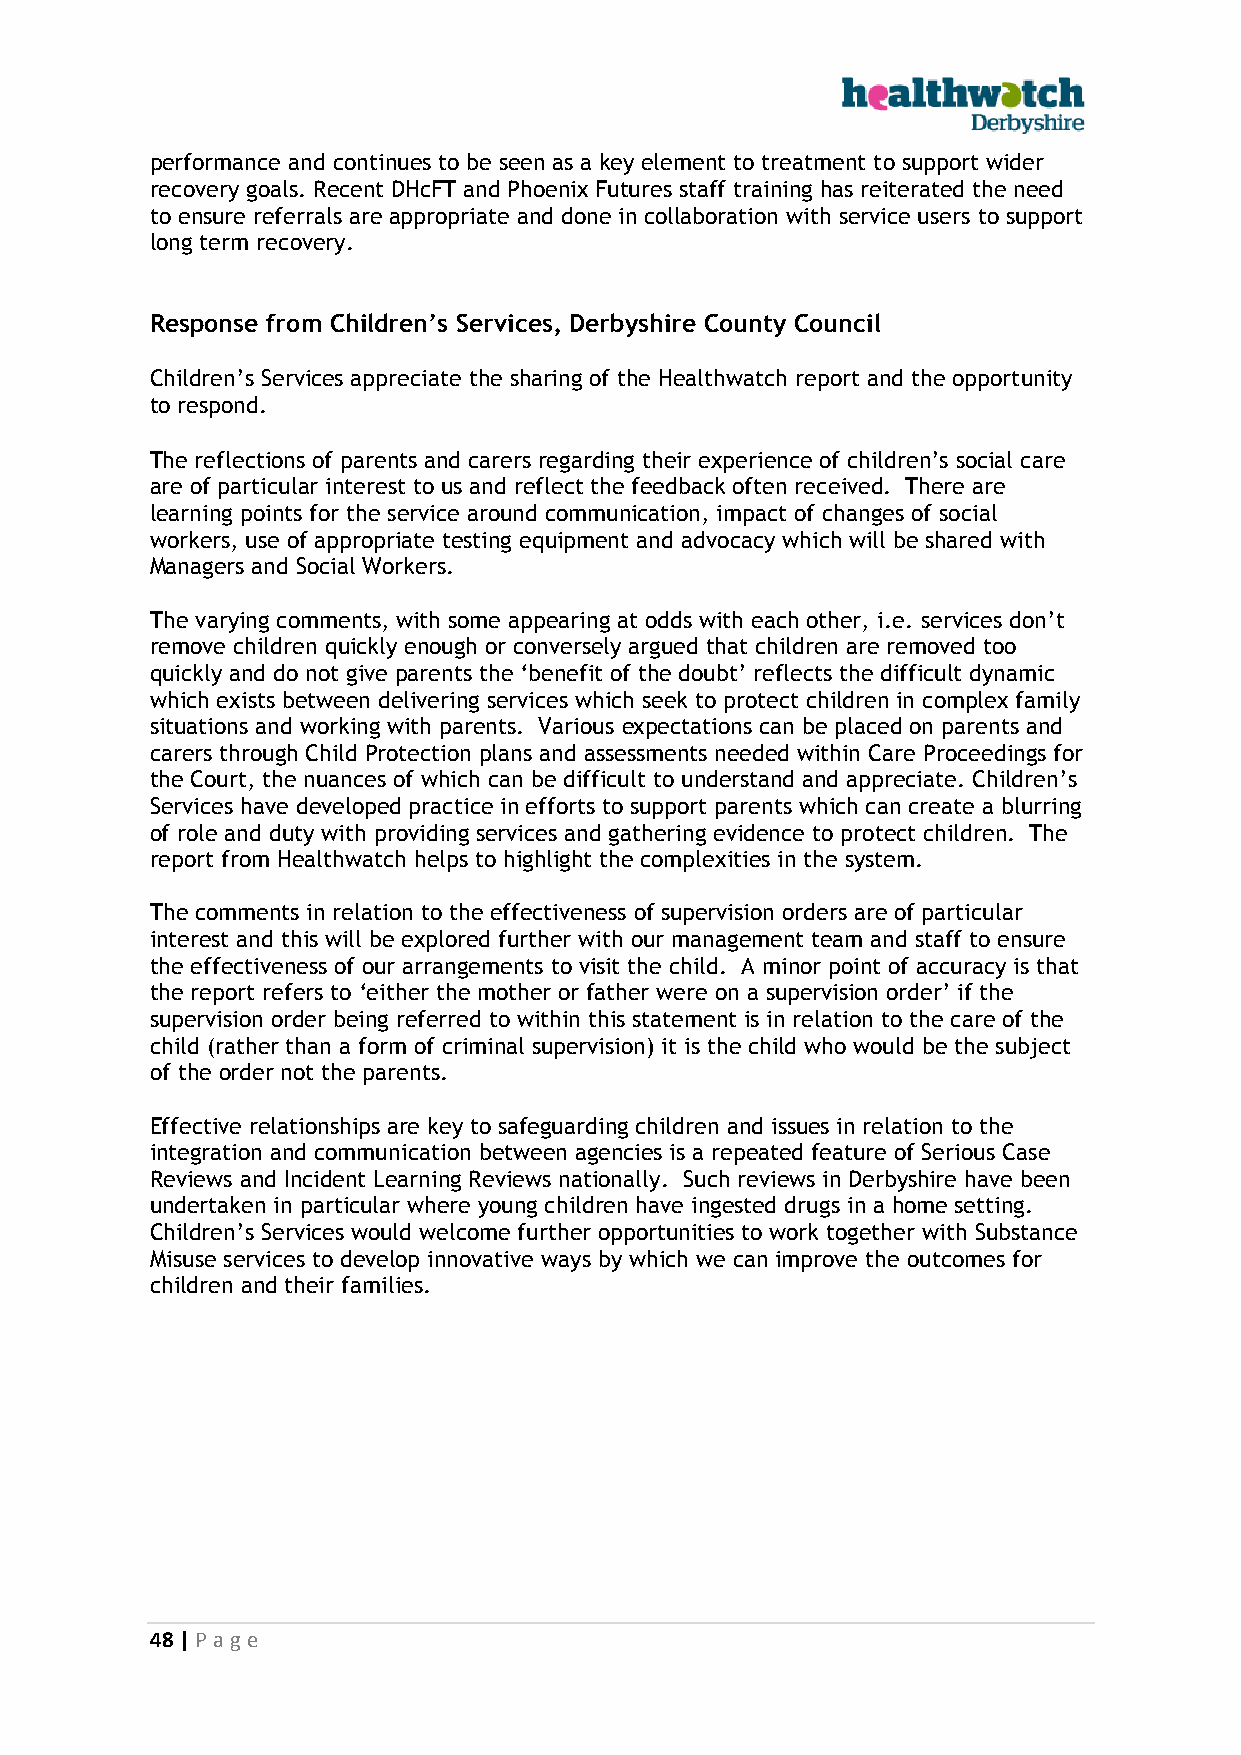
performance and continues to be seen as a key element to treatment to support wider
 recovery goals. Recent DHcFT and Phoenix Futures staff training has reiterated the need
 to ensure referrals are appropriate and done in collaboration with service users to support
 long term recovery.
 Response from Children’s Services, Derbyshire County Council
 Children’s Services appreciate the sharing of the Healthwatch report and the opportunity
 to respond.
 The reflections of parents and carers regarding their experience of children’s social care
 are of particular interest to us and reflect the feedback often received. There are
 learning points for the service around communication, impact of changes of social
 workers, use of appropriate testing equipment and advocacy which will be shared with
 Managers and Social Workers.
 The varying comments, with some appearing at odds with each other, i.e. services don’t
 remove children quickly enough or conversely argued that children are removed too
 quickly and do not give parents the ‘benefit of the doubt’ reflects the difficult dynamic
 which exists between delivering services which seek to protect children in complex family
 situations and working with parents. Various expectations can be placed on parents and
 carers through Child Protection plans and assessments needed within Care Proceedings for
 the Court, the nuances of which can be difficult to understand and appreciate. Children’s
 Services have developed practice in efforts to support parents which can create a blurring
 of role and duty with providing services and gathering evidence to protect children. The
 report from Healthwatch helps to highlight the complexities in the system.
 The comments in relation to the effectiveness of supervision orders are of particular
 interest and this will be explored further with our management team and staff to ensure
 the effectiveness of our arrangements to visit the child. A minor point of accuracy is that
 the report refers to ‘either the mother or father were on a supervision order’ if the
 supervision order being referred to within this statement is in relation to the care of the
 child (rather than a form of criminal supervision) it is the child who would be the subject
 of the order not the parents.
 Effective relationships are key to safeguarding children and issues in relation to the
 integration and communication between agencies is a repeated feature of Serious Case
 Reviews and Incident Learning Reviews nationally. Such reviews in Derbyshire have been
 undertaken in particular where young children have ingested drugs in a home setting.
 Children’s Services would welcome further opportunities to work together with Substance
 Misuse services to develop innovative ways by which we can improve the outcomes for
 children and their families.
 48 | P age